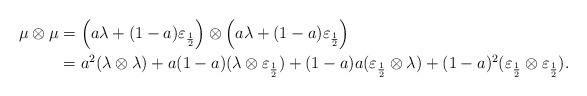
\begin{align*}\mu\otimes\mu&=\left(a\lambda+(1-a)\varepsilon_{\frac{1}{2}}\right)\otimes \left(a\lambda+(1-a)\varepsilon_{\frac{1}{2}}\right)\\&=a^2(\lambda\otimes\lambda)+a(1-a)(\lambda\otimes\varepsilon_{\frac{1}{2}})+(1-a)a(\varepsilon_{\frac{1}{2}}\otimes\lambda)+(1-a)^2(\varepsilon_{\frac{1}{2}}\otimes\varepsilon_{\frac{1}{2}}).\end{align*}